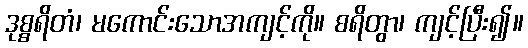
ဒုစ္စရိတံ၊ မကောင်းသောအကျင့်ကို။ စရိတွာ၊ ကျင့်ပြီး၍။